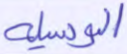
الوسيلة